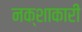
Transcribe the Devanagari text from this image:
नक्शाकारी